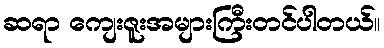
ဆရာ ကျေးဇူးအများကြီးတင်ပါတယ်။